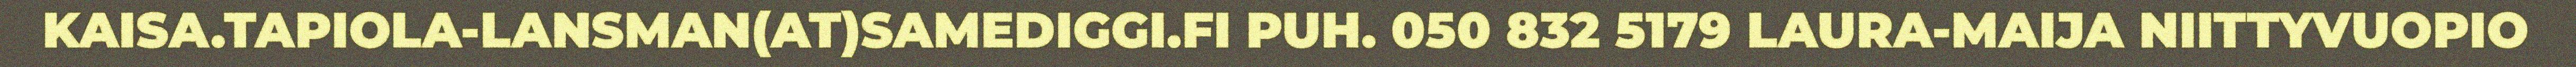
KAISA.TAPIOLA-LANSMAN(AT)SAMEDIGGI.FI PUH. 050 832 5179 LAURA-MAIJA NIITTYVUOPIO